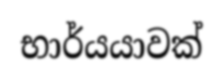
භාර්යයාවක්